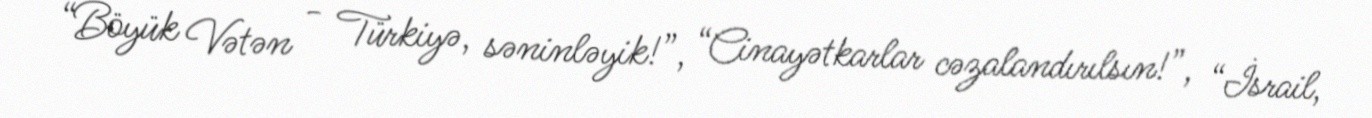
“Böyük Vətən - Türkiyə, səninləyik!”, “Cinayətkarlar cəzalandırılsın!”, “İsrail,